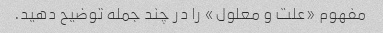
مفهوم «علت و معلول» را در چند جمله توضیح دهید.